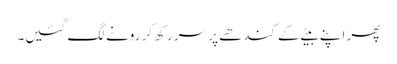
پھر اپنے بیٹے کے کندھے پر سر رکھ کر رونے لگ گئیں۔